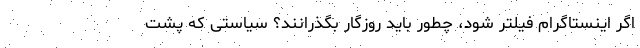
اگر اینستاگرام فیلتر شود، چطور باید روزگار بگذرانند؟ سیاستی که پشت